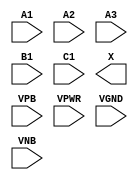
module sky130_fd_sc_lp__o311a (
    //# {{data|Data Signals}}
    input  A1  ,
    input  A2  ,
    input  A3  ,
    input  B1  ,
    input  C1  ,
    output X   ,

    //# {{power|Power}}
    input  VPB ,
    input  VPWR,
    input  VGND,
    input  VNB
);
endmodule